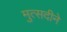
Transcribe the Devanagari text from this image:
मुत्सदीने